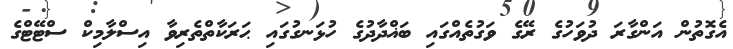
އެގޮތުން އަންގާރަ ދުވަހުގެ ރޭގެ ވަގުތެއްގައި ބަޣްދާދުގެ ހުޅަނގުގައި ޙަރަކާތްތެރިވާ އިސްލާމިކް ސްޓޭޓްގެ